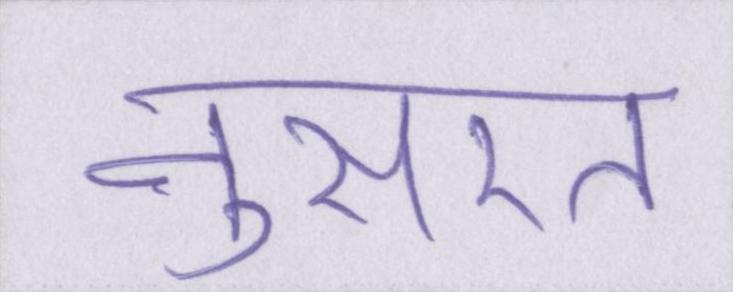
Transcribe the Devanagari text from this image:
नुसरत